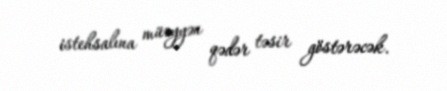
istehsalına müəyyən qədər təsir göstərəcək.